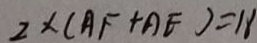
2 \times ( A F + A E ) = 1 8